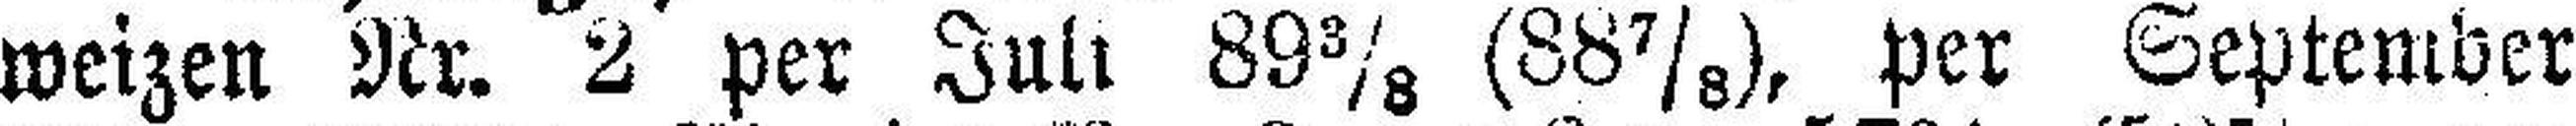
weizen Nr. 2 per Juli 89⅜ (88⅞), per September